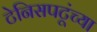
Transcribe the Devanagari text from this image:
टेनिसपटूंच्या